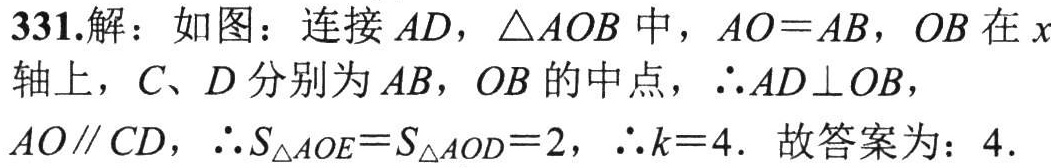
331.解：如图：连接 \(AD\)，\(\triangle AOB\) 中，\(AO = AB\)，\(OB\) 在 \(x\)轴上，\(C、D\) 分别为 \(AB\)，\(OB\) 的中点，\(\therefore AD\perp OB\)，\(AO\parallel CD\)，\(\therefore S_{\triangle AOE}=S_{\triangle AOD}=2\)，\(\therefore k = 4\). 故答案为：\(4\).